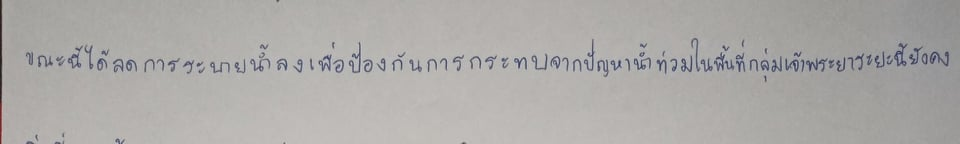
ขณะนี้ได้ลดการระบายน้ำลงเพื่อป้องกันการกระทบจากปัญหาน้ำท่วมในพื้นที่ลุ่มเจ้าพระยาระยะนี้ยังคงถือว่า